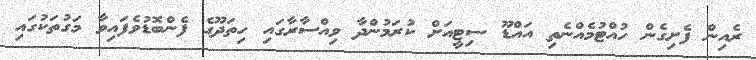
ރެއިން ފެށިގެން ހުއްޓުމެއްނެތި އައްޑޫ ސިޓީއަށް ކުރަމުންދާ ވިއްސާރާގައި ހިތަދޫގެ ފެންބޮޑުވެފައިވާ މަގުތަކުގައި